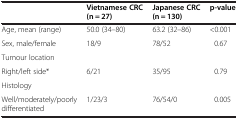
<table><thead><tr><td></td><td><b>Vietnamese CRC (n = 27)</b></td><td><b>Japanese CRC (n = 130)</b></td><td><b>p-value</b></td></tr></thead><tbody><tr><td>Age, mean (range)</td><td>50.0 (34–80)</td><td>63.2 (32–86)</td><td>&lt;0.001</td></tr><tr><td>Sex, male/female</td><td>18/9</td><td>78/52</td><td>0.67</td></tr><tr><td>Tumour location</td><td></td><td></td><td></td></tr><tr><td>Right/left side*</td><td>6/21</td><td>35/95</td><td>0.79</td></tr><tr><td>Histology</td><td></td><td></td><td></td></tr><tr><td>Well/moderately/poorly differentiated</td><td>1/23/3</td><td>76/54/0</td><td>0.005</td></tr></tbody></table>